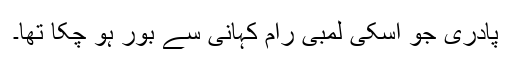
پادری جو اسکی لمبی رام کہانی سے بور ہو چکا تھا۔